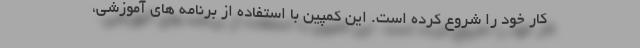
کار خود را شروع کرده است. این کمپین با استفاده از برنامه های آموزشی،